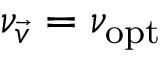
\nu _ { \vec { v } } = \nu _ { \mathrm { o p t } }